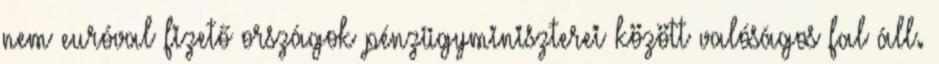
nem euróval fizető országok pénzügyminiszterei között valóságos fal áll.